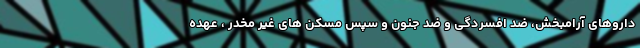
داروهای آرامبخش، ضد افسردگی و ضد جنون و سپس مسکن های غیر مخدر ، عهده